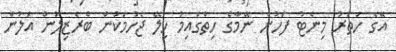
އޭގެ ހަތަރު މިނެޓު ފަހުން ނޭމާގެ ހިތްގައިމު ހިލޭ ޖެހުމަކުން ބްރެޒިލުން އަލުން